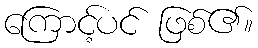
ကြောင့်ပင် ဖြစ်၏။